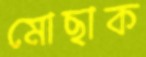
মোছাক